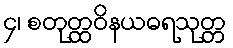
၄၊ စတုတ္ထဝိနယဓရသုတ္တ